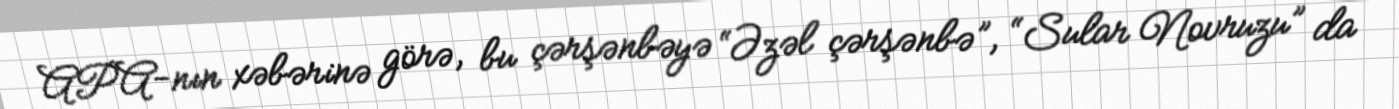
APA-nın xəbərinə görə, bu çərşənbəyə “Əzəl çərşənbə”, “Sular Novruzu” da